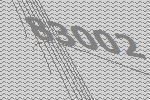
83002